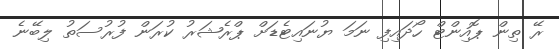
ރޭ ތިން ޕޮއިންޓް ހޯދައިފި ނަމަ ޔުނައިޓެޑަށް ޕްރެޝަރު ކުރަން ފުރުސަތު ލިބޭނެ